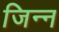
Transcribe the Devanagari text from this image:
जिन्‍न